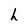
Character: h